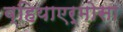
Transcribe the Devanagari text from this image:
व्हियाएर्मोसा